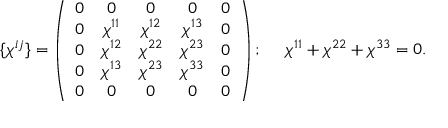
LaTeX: \{ \chi ^ { i j } \} = \left( \begin{array} { c c c c c } { { 0 } } & { { 0 } } & { { 0 } } & { { 0 } } & { { 0 } } \\ { { 0 } } & { { \chi ^ { 1 1 } } } & { { \chi ^ { 1 2 } } } & { { \chi ^ { 1 3 } } } & { { 0 } } \\ { { 0 } } & { { \chi ^ { 1 2 } } } & { { \chi ^ { 2 2 } } } & { { \chi ^ { 2 3 } } } & { { 0 } } \\ { { 0 } } & { { \chi ^ { 1 3 } } } & { { \chi ^ { 2 3 } } } & { { \chi ^ { 3 3 } } } & { { 0 } } \\ { { 0 } } & { { 0 } } & { { 0 } } & { { 0 } } & { { 0 } } \end{array} \right) ; ~ ~ ~ ~ \chi ^ { 1 1 } + \chi ^ { 2 2 } + \chi ^ { 3 3 } = 0 .